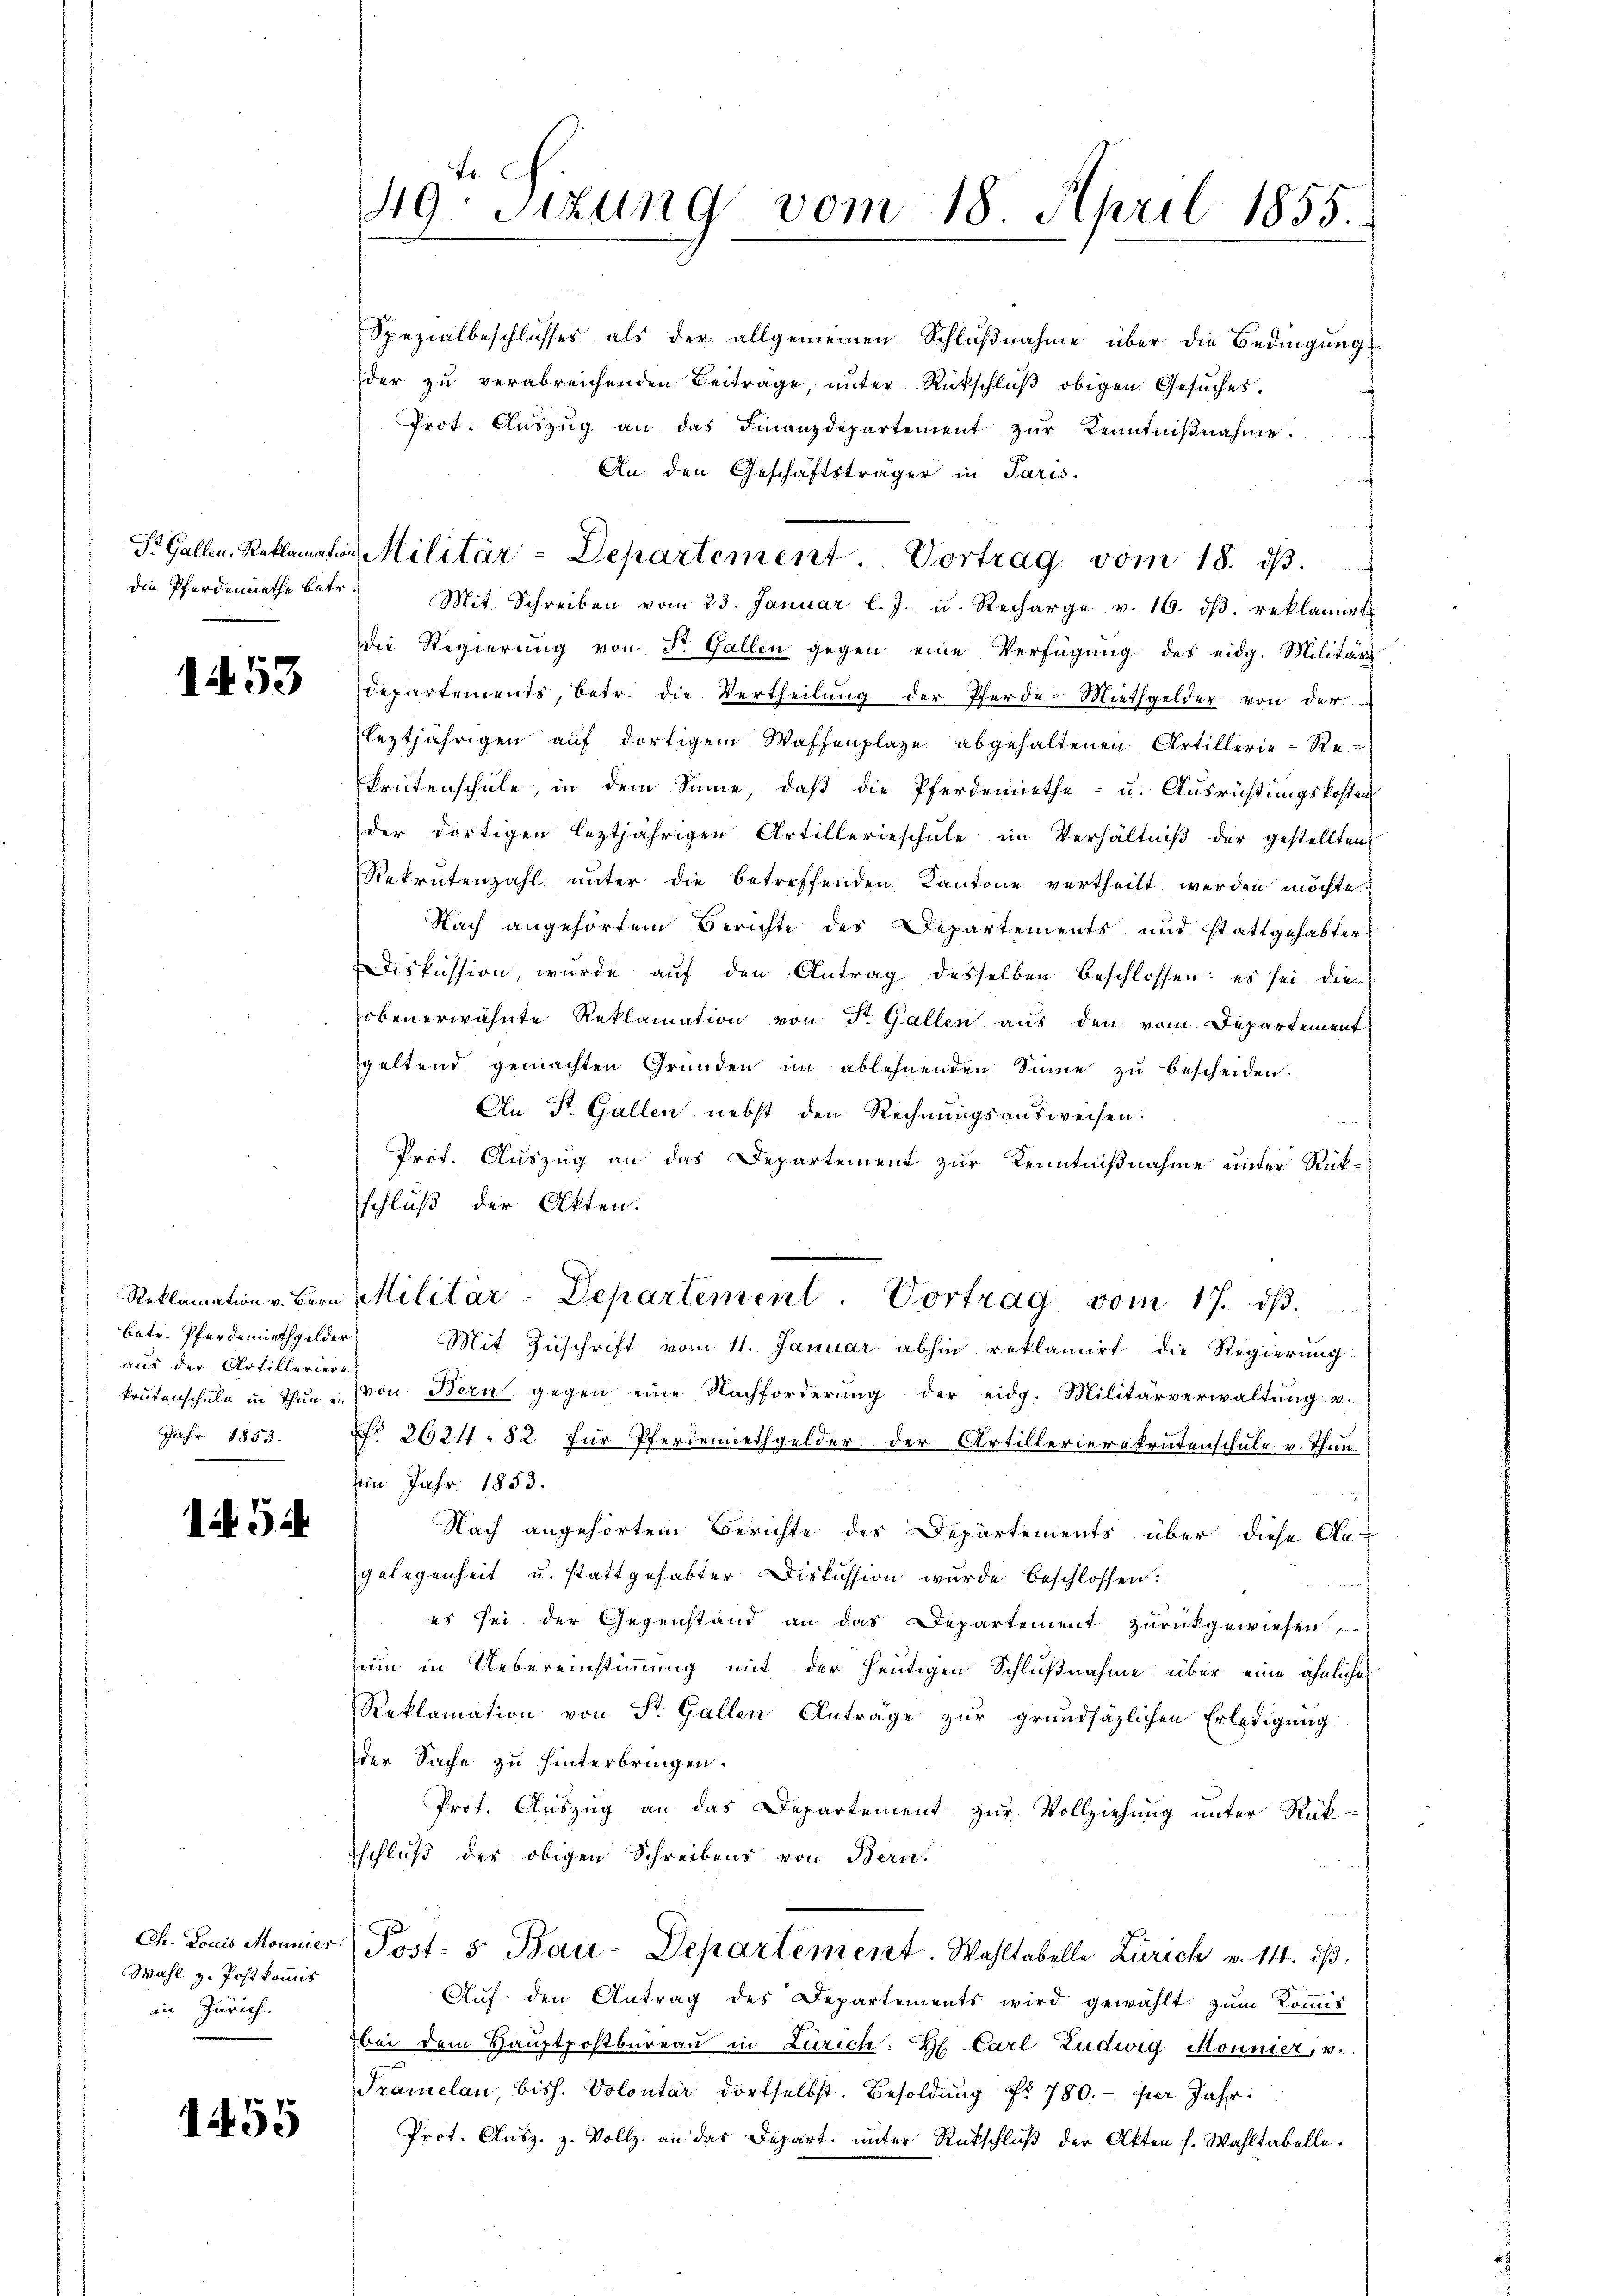
die Pferdenrathe betr.

1453

betr. Pferdernethgelder
aus der Artilleriere
Jahr 1853.

Ai 5

Wahl z. Postkommis
an Zürich.

55

49. Sitzung vom 18. April 1855.

Spezialbeschlŭsses als der allgemeinen Schlŭβnahme über die Bedingŭng
der zu verabreichenden Beitrage, unter Rückschluß obigen Gesuches.
Prot. Aŭszŭg an das Finanzdepartement zŭr Kenntniβnahme.
An den Geschäftsträger in Paris.
Mit Schreiben vom 23. Januar l. J. u. Recharge v. 16. dβ. reklamirt
Die Regierung von St. Gallen gegen eine Verfügung des eidg. Militärs
departements, betr. die Vertheilŭng der Pferde-Miethgelder von der
leztjährigen auf dortigem Waffenplaze abgehaltenen Artillerie-Re-
Brütenschule, in dem Sinne, daß die Pferdemiethe- u. Ausrichtungskosten
der dortigen leztjährigen Artillerieschule im Verhältniβ der gestellten
Rekrutenzahl unter die betreffenden Kantone vertheilt werden möchte
Nach angehörtem Berichte des Departements und stattgehabter
Diskussion, wurde aŭf den Antrag desselben beschlossen: es sei die
obenerwähnte Reklamation von St. Gallen aus den vom Departement
geltend gemachten Gründen im ablehnenden Sinne zu bescheiden.
An St. Gallen nebst den Rechnŭngsausweisen.
Prot. Auszug an das Departement zur Kenntnißnahme unter Rück-
schluß der Akten.
Reklamation v. Bern Militar-Departement. Vortrag vom 17. dβ.

S. Gallen. Reklamation Militär-Departement. Vortrag vom 18. dβ.

Mit Zuschrift vom 11. Januar abhin reklamirt die Regierung
krutenschule in Thun von Bern gegen eine Nachforderung der eidg. Militärverwaltŭng v.
No 2624 - 82 für Pferdennethgelder der Artillerierekrutenschule v. Thun-
Ain Jahr 1853.
Nach angehörtem Berichte des Departements über diese An-
gelegenheit u. stattgehabter Diskussion wurde beschlossen:
es sei der Gegenstand an das Departement zurückgewiesen.
um in Uebereinstimmung mit der heutigen Schlußnahme über eine ähnliche
Reklamation von St. Gallen Anträge zur grundsätzlichen Erledigung
der Sache zu hinterbringen.
Prof. Auszug an das Departement zur Vollziehung unter Rück-
schluß des obigen Schreibens von Bern.
Ch. Louis Monnier (Post: 5. Bau-Departement. Wahltabelle Zürich v. 14. dβ.
Aŭf den Antrag des Departements wird gewählt zŭm Koṁis
bei dem Hauptpostbüreaŭ in Zürich:  Carl Ludwig Monnier, v.
Tramelan, bish. Volontar dortselbst. Besoldung No 780.- per Jahr
Prot. Ausz. z. Vollz. an das Depart. unter Rückschluß der Akten s. Wahltabelle